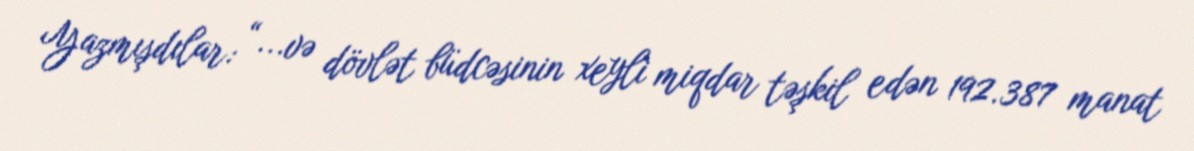
Yazmışdılar: “...və dövlət büdcəsinin xeyli miqdar təşkil edən 192.387 manat